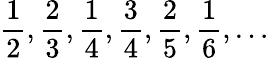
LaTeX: {\frac{1}{2}},{\frac{2}{3}},{\frac{1}{4}},{\frac{3}{4}},{\frac{2}{5}},{\frac{1}{6}},\dots